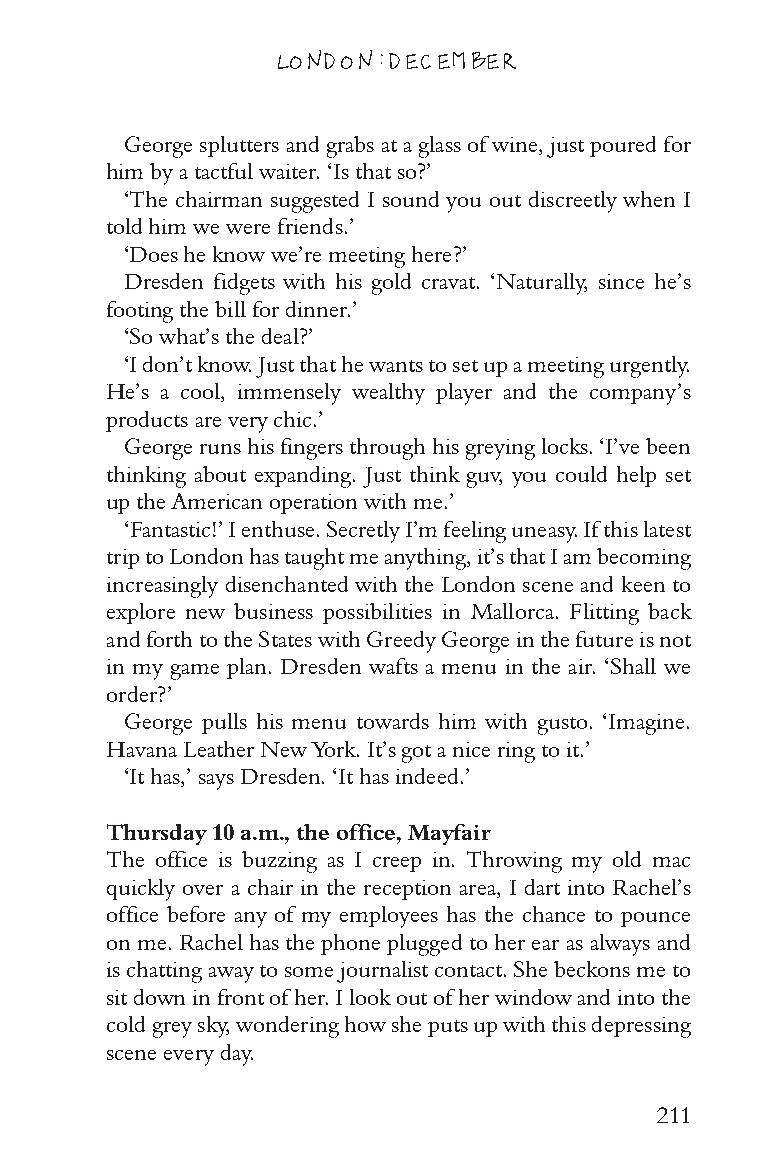
LONDON: DECEMBER
 George splutters and grabs at a glass of wine, just poured for
 him by a tactful waiter. ‘Is that so?’
 ‘The chairman suggested I sound you out discreetly when I
 told him we were friends.’
 ‘Does he know we’re meeting here?’
 Dresden fidgets with his gold cravat. ‘Naturally, since he’s
 footing the bill for dinner.’
 ‘So what’s the deal?’
 ‘I don’t know. Just that he wants to set up a meeting urgently.
 He’s a cool, immensely wealthy player and the company’s
 products are very chic.’
 George runs his fingers through his greying locks. ‘I’ve been
 thinking about expanding. Just think guv, you could help set
 up the American operation with me.’
 ‘Fantastic!’ I enthuse. Secretly I’m feeling uneasy. If this latest
 trip to London has taught me anything, it’s that I am becoming
 increasingly disenchanted with the London scene and keen to
 explore new business possibilities in Mallorca. Flitting back
 and forth to the States with Greedy George in the future is not
 in my game plan. Dresden wafts a menu in the air. ‘Shall we
 order?’
 George pulls his menu towards him with gusto. ‘Imagine.
 Havana Leather New York. It’s got a nice ring to it.’
 ‘It has,’ says Dresden. ‘It has indeed.’
 Thursday 10 a.m., the office, Mayfair
 The office is buzzing as I creep in. Throwing my old mac
 quickly over a chair in the reception area, I dart into Rachel’s
 office before any of my employees has the chance to pounce
 on me. Rachel has the phone plugged to her ear as always and
 is chatting away to some journalist contact. She beckons me to
 sit down in front of her. I look out of her window and into the
 cold grey sky, wondering how she puts up with this depressing
 scene every day.
 211